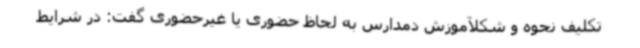
تکلیف نحوه و شکلآموزش دمدارس به لحاظ حضوری یا غیرحضوری گفت: در شرایط